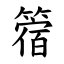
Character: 䈹